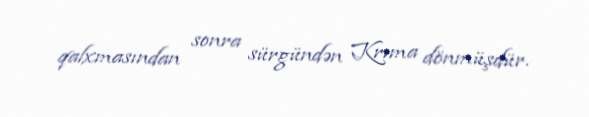
qalxmasından sonra sürgündən Krıma dönmüşdür.